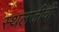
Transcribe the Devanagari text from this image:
स्थलजीवी